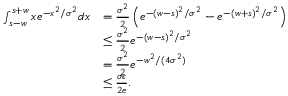
\begin{array} { r l } { \int _ { s - w } ^ { s + w } x e ^ { - x ^ { 2 } / \sigma ^ { 2 } } d x } & { = \frac { \sigma ^ { 2 } } { 2 } \left( e ^ { - ( w - s ) ^ { 2 } / \sigma ^ { 2 } } - e ^ { - ( w + s ) ^ { 2 } / \sigma ^ { 2 } } \right) } \\ & { \le \frac { \sigma ^ { 2 } } { 2 } e ^ { - ( w - s ) ^ { 2 } / \sigma ^ { 2 } } } \\ & { = \frac { \sigma ^ { 2 } } { 2 } e ^ { - w ^ { 2 } / ( 4 \sigma ^ { 2 } ) } } \\ & { \le \frac { \sigma \epsilon } { 2 e } . } \end{array}